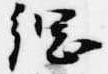
綱